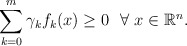
\begin{align*} \sum_{k=0}^{m} \gamma_{k}f_{k}(x)\ge 0\ \ \forall\ x\in\mathbb{R}^{n}.\end{align*}